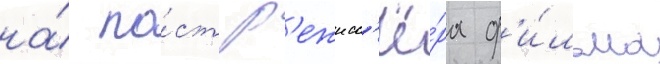
на́ по́ст р'ежисс'ё́ра ф'и́льма